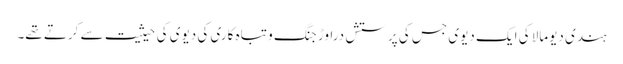
ہندی دیومالا کی ایک دیوی جس کی پرستش دراوڑ جنگ و تباہ کاری کی دیوی کی حیثیت سے کرتے تھے۔